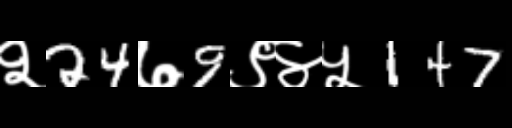
Text: २24७9९४५147